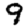
Digit: 9